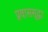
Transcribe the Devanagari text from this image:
प्रवाससुद्धा